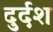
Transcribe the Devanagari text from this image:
दुर्दश